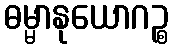
ဓမ္မာနုယောဂဉ္စ